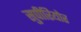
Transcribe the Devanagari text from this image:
सुपीरियोर